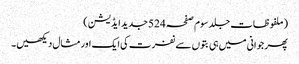
(ملفوظات جلد سوم صفحہ 524جدید ایڈیشن)
پھر جوانی میں ہی بتوں سے نفرت کی ایک اور مثال دیکھیں۔